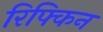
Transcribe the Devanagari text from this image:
रिफ्किन